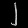
Digit: ၂